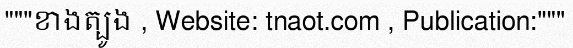
"""ខាងត្បូង , Website: tnaot.com , Publication:"""